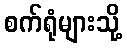
စက်ရုံများသို့